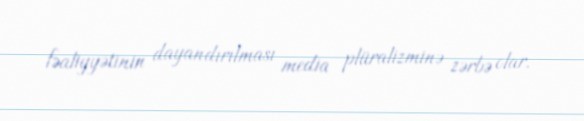
fəaliyyətinin dayandırılması media plüralizminə zərbə olar.